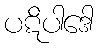
ပဋိပါဒေါ